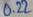
Text: 0.22